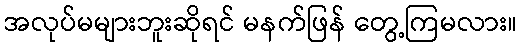
အလုပ်မများဘူးဆိုရင် မနက်ဖြန် တွေ့ကြမလား။